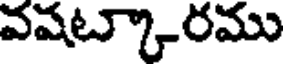
వషట్కారము